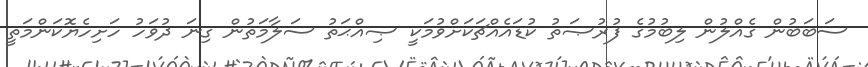
ސަބަބުން ގެއްލުން ލިބުމުގެ ފުރުޞަތު ކުޑައެއްޗަކަށްވުމަކީ ޞިއްޙަތު ސަލާމަތުން ގިނަ ދުވަހު ހަށިހެޔޮކަންމަތީ